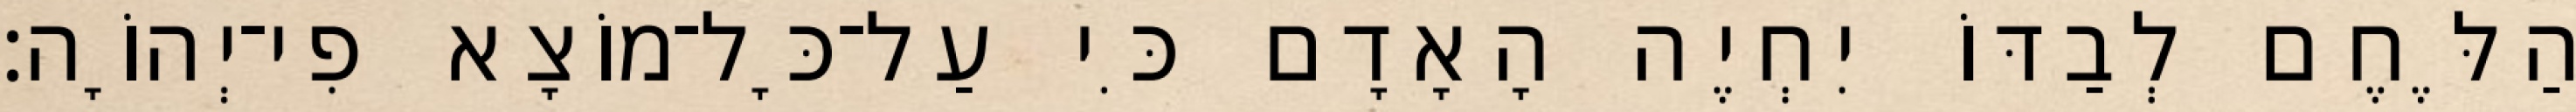
הַלֶּחֶם לְבַדּוֹ יִחְיֶה הָאָדָם כִּי עַל־כָּל־מוֹצָא פִי־יְהוָֹה׃